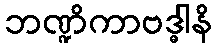
ဘဏ္ဍိကာဗဒ္ဓါနိ